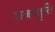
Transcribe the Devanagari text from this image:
राजस्तुति